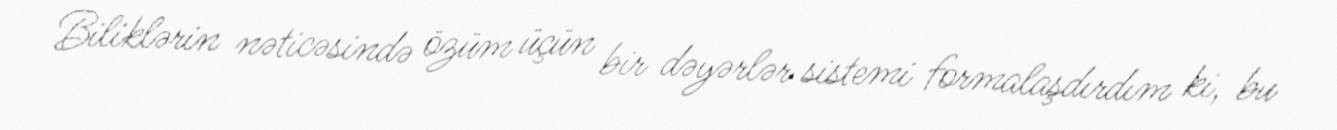
Biliklərin nəticəsində özüm üçün bir dəyərlər sistemi formalaşdırdım ki, bu